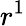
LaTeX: r^{1}